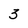
Character: 3